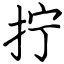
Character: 拧